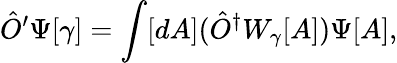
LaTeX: {\hat{O}}^{\prime}\Psi[\gamma]=\int[dA]({\hat{O}}^{\dagger}W_{\gamma}[A])\Psi[A],